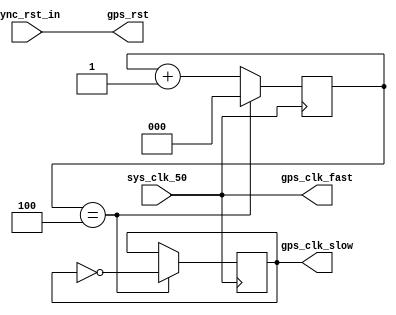
/*
 *
 * Clock generation for GPS modules
 * 10.23 MHz for P-code and 1.023 MHz for C/A code
 * 
 */

module gps_clkgen (
   sys_clk_50,
   sync_rst_in,

   gps_clk_fast,
   gps_clk_slow,
   gps_rst
);

   input sys_clk_50;
   input  sync_rst_in;
   output gps_clk_fast;
   output gps_clk_slow;
   output gps_rst;
   
`ifdef SYNTHESISS
   wire       clk_fb;
   wire       clk_out0_prebufg, clk_out0;
   wire       locked_int;
 
 MMCME2_ADV
   #(
    .BANDWIDTH            ("OPTIMIZED"),
    .CLKOUT4_CASCADE      ("FALSE"),
    .COMPENSATION         ("ZHOLD"),
    .STARTUP_WAIT         ("FALSE"),
    .DIVCLK_DIVIDE        (1),
    .CLKFBOUT_MULT_F      (16.750),
    .CLKFBOUT_PHASE       (0.000),
    .CLKFBOUT_USE_FINE_PS ("FALSE"),
    .CLKOUT0_DIVIDE_F     (81.875),
    .CLKOUT0_PHASE        (0.000),
    .CLKOUT0_DUTY_CYCLE   (0.500),
    .CLKOUT0_USE_FINE_PS  ("FALSE"),
    .CLKIN1_PERIOD        (20.000))
   mmcm_adv_inst (
    .CLKFBOUT            (clk_fb),
    .CLKOUT0             (clk_out0),
    .CLKFBIN             (clk_fb),
    .CLKIN1              (sys_clk_50),
    .CLKIN2              (1'b0),
    .CLKINSEL            (1'b1),
    .DADDR               (7'h0),
    .DCLK                (1'b0),
    .DEN                 (1'b0),
    .DI                  (16'h0),
    .DWE                 (1'b0),
    .PSCLK               (1'b0),
    .PSEN                (1'b0),
    .PSINCDEC            (1'b0),
    .LOCKED              (locked_int),
    .PWRDWN              (1'b0),
    .RST                 (1'b0)
   );

//   BUFG gps_clk_fast_buf (
//      .O (clk_out0),
//      .I (clk_out0_prebufg));

   assign gps_clk_fast = clk_out0;
   assign gps_rst = sync_rst_in | ~locked_int;


   reg enable_slow_clk;
   // Generate slow clock using CE
   BUFGCE gps_clk_slow_buf(
      .O   (gps_clk_slow),
      .CE  (enable_slow_clk),
      .I   (clk_out0_prebufg)
   );

   reg [2:0] count = 3'h0;
   always @(posedge clk_out0) begin
      enable_slow_clk <= 1'b0;
      if(count == 3'h4) begin
         count <= 3'h0;
         enable_slow_clk <= 1'b1;
      end
      else begin
         count <= count + 3'h1;
      end
   end
`else
   assign gps_clk_fast = sys_clk_50;

   reg [2:0] count = 3'h0;
   reg gps_clk_slow_r = 1'b0;
   always @(posedge gps_clk_fast) begin
      if(count == 3'h4) begin
         count <= 3'h0;
         gps_clk_slow_r <= ~gps_clk_slow_r;
      end
      else begin
         count <= count + 3'h1;
      end
   end

   assign gps_clk_slow = gps_clk_slow_r;
   assign gps_rst = sync_rst_in;
`endif

endmodule // gps_clkgen